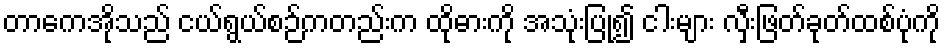
တာကေအိုသည် ငယ်ရွယ်စဉ်ကတည်းက ထိုဓားကို အသုံးပြု၍ ငါးများ လှီးဖြတ်ခုတ်ထစ်ပုံကို